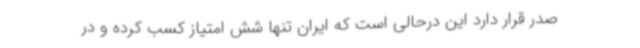
صدر قرار دارد این درحالی است که ایران تنها شش امتیاز کسب کرده و در